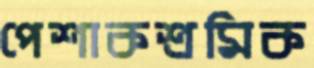
পেশাকশ্রমিক